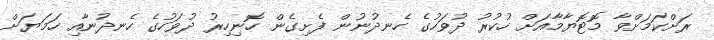
ރަށްކަމަށްވާ މޮޓޮޔާމާއަށް ހުކުރު ދުވަހުގެ ހެނދުނުން ފެށިގެން ހޮނިހިރު ދުވަހުގެ ހެނދުނާއި ހަމަޔަށް